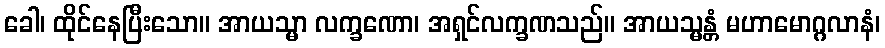
ခေါ၊ ထိုင်နေပြီးသော။ အာယသ္မာ လက္ခဏော၊ အရှင်လက္ခဏသည်။ အာယသ္မန္တံ မဟာမောဂ္ဂလာနံ၊